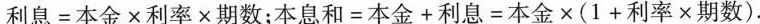
$$利 息 = 本 金 × 利 率 × 期 数$$；$$本 息 和 = 本 金 + 利 息 = 本 金 × ( 1 + 利 率 × 期 数 )$$.